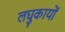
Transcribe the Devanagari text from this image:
लघुकायों